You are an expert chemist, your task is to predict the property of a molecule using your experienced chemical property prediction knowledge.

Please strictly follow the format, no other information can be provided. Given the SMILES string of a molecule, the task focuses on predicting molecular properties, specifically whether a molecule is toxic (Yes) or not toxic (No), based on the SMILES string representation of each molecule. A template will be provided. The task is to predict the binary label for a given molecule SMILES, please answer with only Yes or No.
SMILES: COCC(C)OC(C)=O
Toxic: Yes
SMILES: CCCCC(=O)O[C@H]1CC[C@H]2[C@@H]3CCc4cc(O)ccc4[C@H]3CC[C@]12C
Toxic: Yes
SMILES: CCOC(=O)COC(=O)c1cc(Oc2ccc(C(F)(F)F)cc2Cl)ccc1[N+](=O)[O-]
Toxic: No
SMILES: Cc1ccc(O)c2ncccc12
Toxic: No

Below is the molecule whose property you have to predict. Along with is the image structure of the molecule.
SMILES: CCCCCCC(=O)O[C@H]1CC[C@H]2[C@@H]3CC[C@H]4CC(=O)C=C(C)[C@]4(C)[C@H]3CC[C@]12C
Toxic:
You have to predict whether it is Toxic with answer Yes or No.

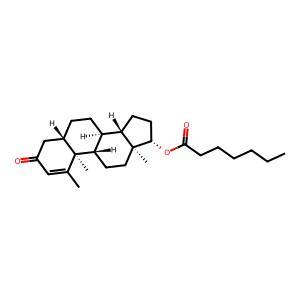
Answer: Yes